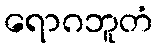
ရောဂဘူတံ